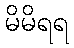
မိမိရရ